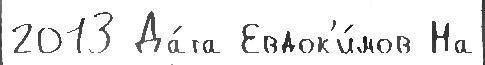
2013 Да́та Евдок'и́мов На